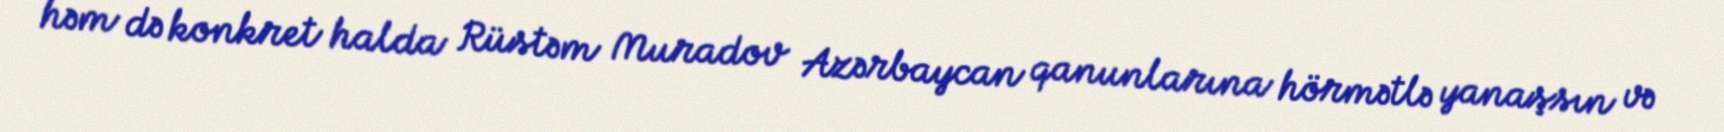
həm də konkret halda Rüstəm Muradov Azərbaycan qanunlarına hörmətlə yanaşsın və